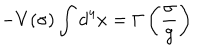
- V ( \sigma ) \int d ^ { 4 } x = \Gamma \left( \frac { \sigma } { g } \right)